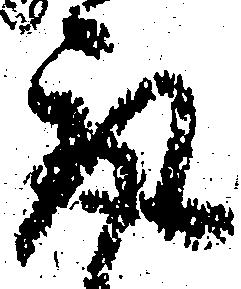
取